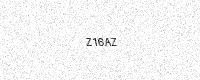
Text: Z16AZ